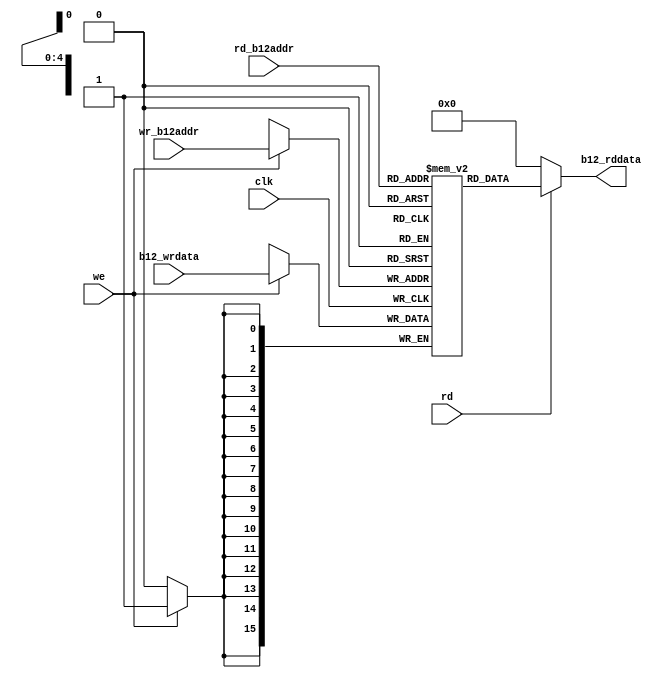
`timescale 1ns / 1ps
module b12_memory(
    input clk,
    input signed [15:0] b12_wrdata,
    input [4:0] wr_b12addr,
	input [4:0] rd_b12addr,
    input we,
    input rd,
    output signed [15:0] b12_rddata 
    );
    
    reg signed [15:0] mem [0:19];
    
    //initial begin
    //$readmemb("b12_bin.txt", mem);
    //end
    
    
    
    always @(posedge clk)
    begin
        if (we)
           mem[wr_b12addr] <= b12_wrdata;
    end

    assign b12_rddata = (rd)?mem[rd_b12addr]:16'h0000;
endmodule